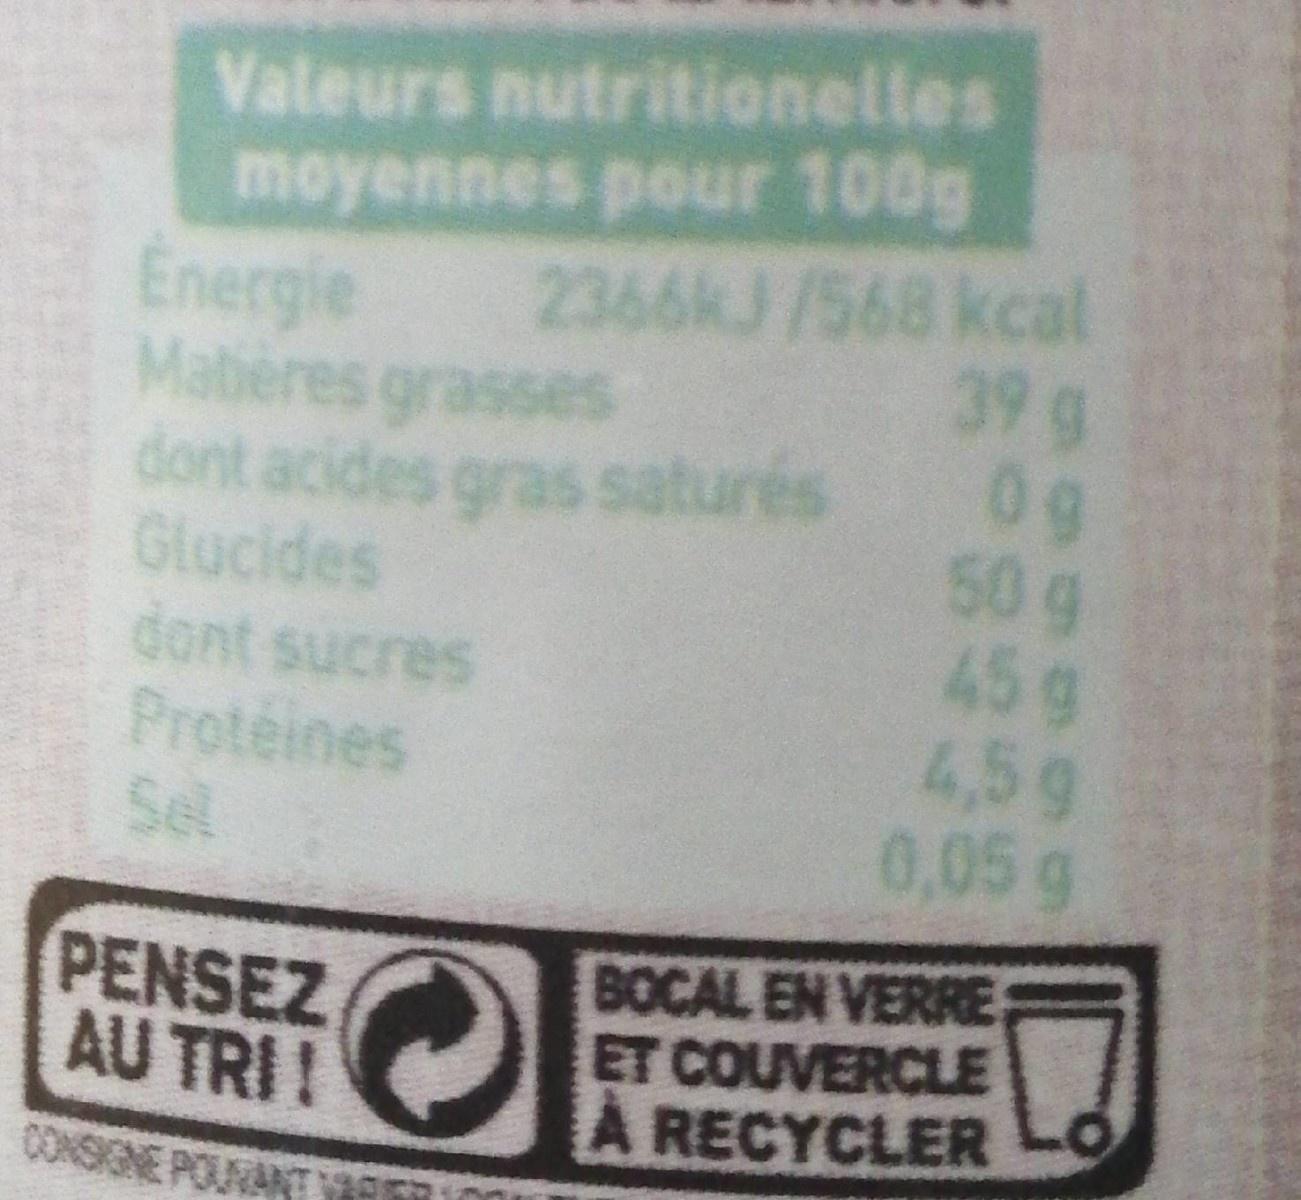
Valeurs nutritionelles moyennes pour 100g Energie Maberes grasses dont acides gras saturés 0g Glucides dont sucres Proteines Sel
2366KJ /568 kcal 39 g
50 g 45g 4,5g 0,05g
PENSEZ AU TRI!
BOCAL EN VERRE ET COUVERCLE A RECYCLER
CONSIGNE POUVANT
TVER